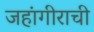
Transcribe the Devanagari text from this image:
जहांगीराची